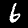
Label: 6